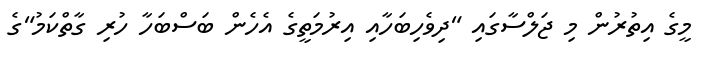
މީގެ އިތުރުން މި ޖަލްސާގައި "ދިވެހިބަހާއި އިރުމަތީގެ އެހެން ބަސްބަހާ ހުރި ގާތްކަމު"ގެ